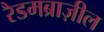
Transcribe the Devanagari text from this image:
रैडमब्राज़ील